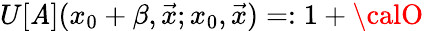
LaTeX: U[\mathit{A}](x_{0}+\beta,\vec{{x}};x_{0},\vec{{x}})=:1+{\calO}